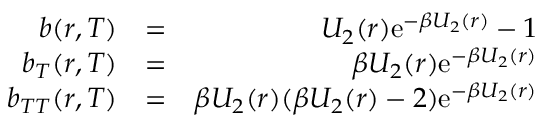
\begin{array} { r l r } { b ( r , T ) } & { = } & { U _ { 2 } ( r ) \mathrm { e } ^ { - \beta U _ { 2 } ( r ) } - 1 } \\ { b _ { T } ( r , T ) } & { = } & { \beta U _ { 2 } ( r ) \mathrm { e } ^ { - \beta U _ { 2 } ( r ) } } \\ { b _ { T T } ( r , T ) } & { = } & { \beta U _ { 2 } ( r ) ( \beta U _ { 2 } ( r ) - 2 ) \mathrm { e } ^ { - \beta U _ { 2 } ( r ) } } \end{array}